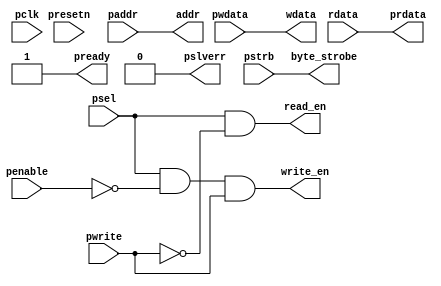
module cmsdk_apb4_eg_slave_interface #(
		parameter ADDRWIDTH = 12)
(
	input wire						pclk,
	input wire						presetn,
	
	//apb interface inputs
	input wire 						psel,
	input wire[ADDRWIDTH-1:0]		paddr,
	input wire						penable,
	input wire						pwrite,
	input wire[31:0]				pwdata,
	input wire[3:0]					pstrb,
	
	//apb interface outputs
	output wire[31:0]				prdata,
	output wire						pready,
	output wire						pslverr,
	
	//register interface
	output wire[ADDRWIDTH-1:0]		addr,
	output wire 					read_en,
	output wire						write_en,
	output wire[3:0]				byte_strobe,
	output wire[31:0]				wdata,
	input wire[31:0]				rdata
);

//APB interface
assign pready = 1'b1; 		//Always readay. Can be customized to support waitstate if required.
assign pslverr = 1'b0;		//Always OKAY. Can be customized to support error response if required.

// register read and write signal
assign addr = paddr;
assign read_en = psel & (~pwrite);	//assert for whole apb read transfer;
assign write_en = psel & (~penable) & pwrite;	//assert for the 1st cycle of write transfer.
assign byte_strobe = pstrb;
assign wdata = pwdata;
assign prdata = rdata;
	
endmodule